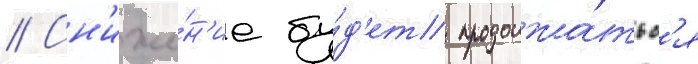
// Сн'иже́н'ие бу́д'ет продолжа́тьс'я